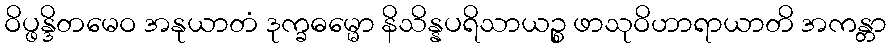
ဝိပ္ဖန္ဒိတမေဝ အနုယာတံ ဒုက္ခဓမ္မော နိသိန္နပရိသာယဉ္စ ဖာသုဝိဟာရာယာတိ အကန္တာ